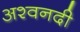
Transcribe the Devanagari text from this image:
अश्वनदी